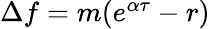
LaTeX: \begin{array}{r}{\Delta f=m(e^{\alpha\tau}-r)}\end{array}